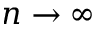
n \to \infty